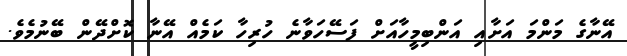
އޭނާގެ މަންމަ އަށާއި އަންބިމީހާއަށް ފަސޭހަވާނެ ހުރިހާ ކަމެއް އޭނާ ކޮށްދޭން ބޭނުމެވެ.